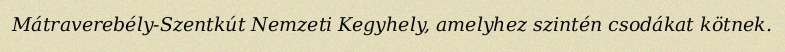
Mátraverebély-Szentkút Nemzeti Kegyhely, amelyhez szintén csodákat kötnek.